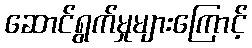
ဆောင်ရွက်မှုများကြောင့်